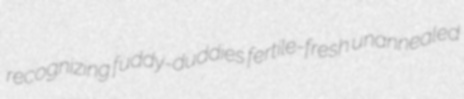
recognizing fuddy-duddies fertile-fresh unannealed